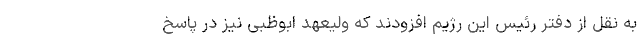
به نقل از دفتر رئیس این رژیم افزودند که ولیعهد ابوظبی نیز در پاسخ